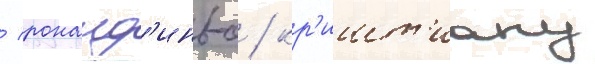
/ роналд'иньо / кр'ишт'иану